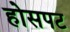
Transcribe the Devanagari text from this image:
होसपट